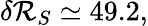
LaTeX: \delta\mathcal{R}_{S}\simeq 49.2,